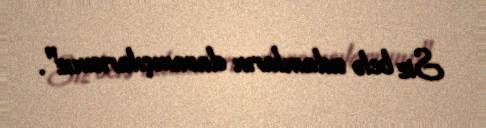
Siz belə adamların davamçılarısınız".